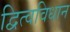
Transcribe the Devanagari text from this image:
द्वित्वविधान